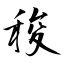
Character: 稄